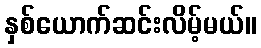
နှစ်ယောက်ဆင်းလိမ့်မယ်။